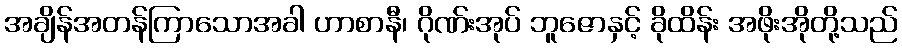
အချိန်အတန်ကြာသောအခါ ဟာစာနီ၊ ဂိုဏ်းအုပ် ဘူဇောနှင့် ခိုထိန်း အဖိုးအိုတို့သည်